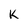
Character: K